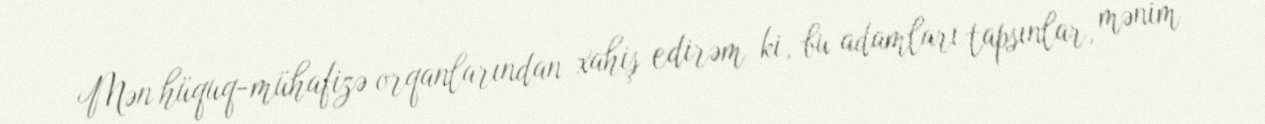
Mən hüquq-mühafizə orqanlarından xahiş edirəm ki, bu adamları tapsınlar, mənim